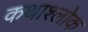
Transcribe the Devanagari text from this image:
कथाश्लोक